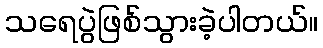
သရေပွဲဖြစ်သွားခဲ့ပါတယ်။